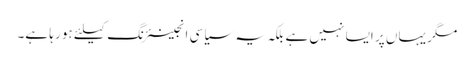
مگر یہاں پر ایسا نہیں ہے بلکہ یہ سیاسی انجینئرنگ کیلئے ہو رہا ہے۔